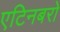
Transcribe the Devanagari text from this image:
एटिनबरो